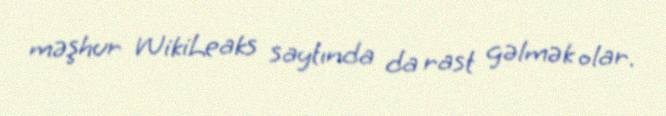
məşhur WikiLeaks saytında da rast gəlmək olar.